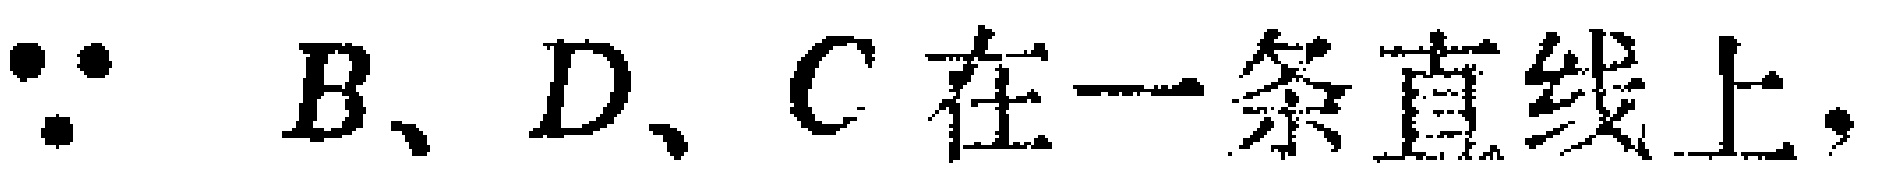
$\because B、D、C\text{在一条直线上},$